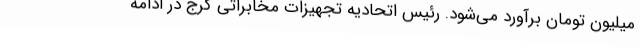
میلیون تومان برآورد می‌شود. رئیس اتحادیه تجهیزات مخابراتی کرج در ادامه